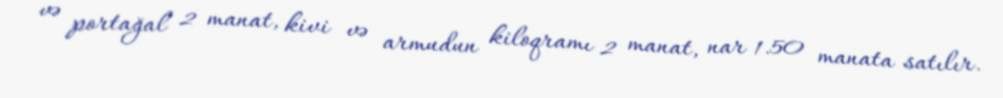
və portağal 2 manat, kivi və armudun kiloqramı 2 manat, nar 1.50 manata satılır.